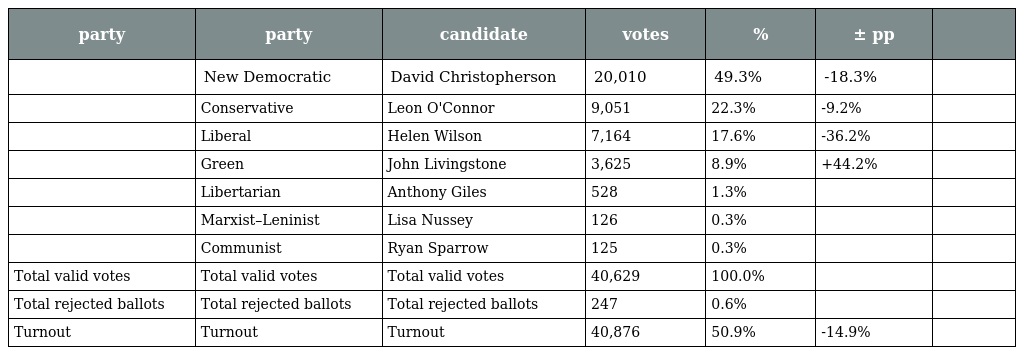
| party | party | candidate | votes | % | ± pp |  |
 | --- | --- | --- | --- | --- | --- | --- |
 |  | New Democratic | David Christopherson | 20,010 | 49.3% | -18.3% |  |
 |  | Conservative | Leon O'Connor | 9,051 | 22.3% | -9.2% |  |
 |  | Liberal | Helen Wilson | 7,164 | 17.6% | -36.2% |  |
 |  | Green | John Livingstone | 3,625 | 8.9% | +44.2% |  |
 |  | Libertarian | Anthony Giles | 528 | 1.3% |  |  |
 |  | Marxist–Leninist | Lisa Nussey | 126 | 0.3% |  |  |
 |  | Communist | Ryan Sparrow | 125 | 0.3% |  |  |
 | Total valid votes | Total valid votes | Total valid votes | 40,629 | 100.0% |  |  |
 | Total rejected ballots | Total rejected ballots | Total rejected ballots | 247 | 0.6% |  |  |
 | Turnout | Turnout | Turnout | 40,876 | 50.9% | -14.9% |  |